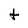
Character: t